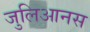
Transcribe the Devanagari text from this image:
जुलिआनस